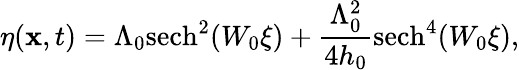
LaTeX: \eta(\mathbf{x},t)=\Lambda_{0}\mathrm{{sech}}^{2}(W_{0}\xi)+\frac{{\Lambda_{0}^{2}}}{{4h_{0}}}\mathrm{{sech}}^{4}(W_{0}\xi),